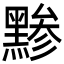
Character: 黪